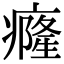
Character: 癃